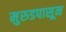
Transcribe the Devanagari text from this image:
मुरुडपासून